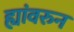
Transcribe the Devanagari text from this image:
ह्यांवरुन